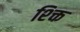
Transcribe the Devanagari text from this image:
श्क्ति